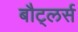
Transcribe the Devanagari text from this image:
बौट्लर्स